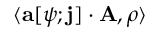
\langle \mathbf { a } [ \psi ; \mathbf { j } ] \cdot \mathbf { A } , \rho \rangle